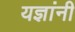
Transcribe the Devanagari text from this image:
यज्ञांनी